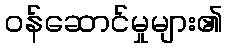
ဝန်ဆောင်မှုများ၏